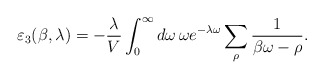
\begin{align*}\varepsilon_3(\beta,\lambda)= -\frac{\lambda}{V}\int_{0}^{\infty}d\omega\,\omega e^{-\lambda\omega}\sum_{\rho}\frac{1}{\beta\omega -\rho}.\end{align*}